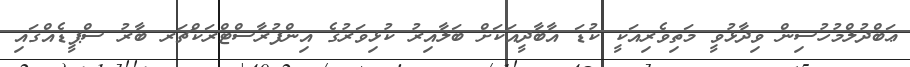
ޢަބްދުލްމުހުސިން ވިދާޅުވީ މަތިވެރިއަކީ ކުޑަ އާބާދީއަކަށް ބަލާއިރު ކުޅިވަރުގެ އިންފުރާސްޓްރަކްޗަރ ބާރު ސްޕީޑެއްގައި